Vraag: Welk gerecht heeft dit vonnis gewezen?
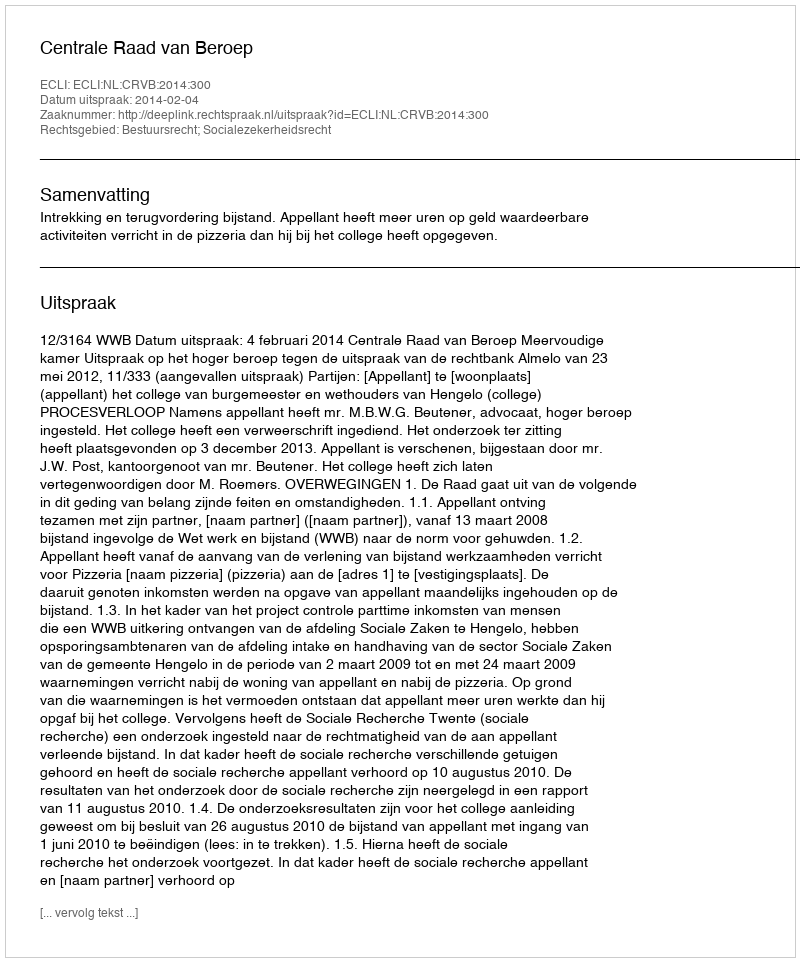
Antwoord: Centrale Raad van Beroep